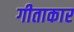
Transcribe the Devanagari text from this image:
गीताकार